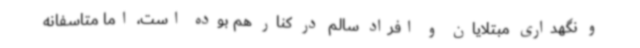
و نگهداری مبتلایان و افراد سالم در کنار هم بوده است، اما متاسفانه